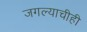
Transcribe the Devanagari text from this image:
जगल्याचीही